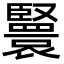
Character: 𦣴